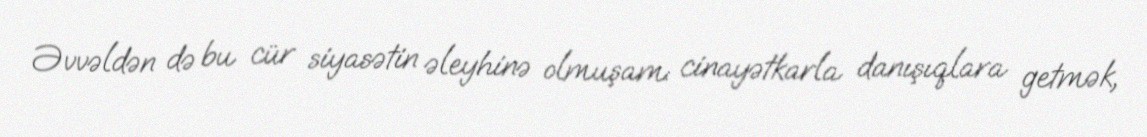
Əvvəldən də bu cür siyasətin əleyhinə olmuşam: cinayətkarla danışıqlara getmək,